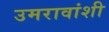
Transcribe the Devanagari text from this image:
उमरावांशी